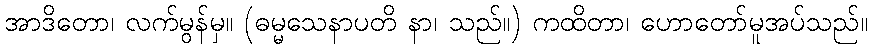
အာဒိတော၊ လက်မွန်မှ။ (ဓမ္မသေနာပတိ နာ၊ သည်။) ကထိတာ၊ ဟောတော်မူအပ်သည်။